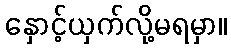
နှောင့်ယှက်လို့မရမှာ။